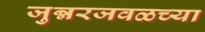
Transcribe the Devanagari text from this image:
जुन्नरजवळच्या